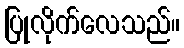
ပြုလိုက်လေသည်။